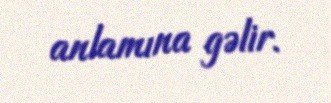
anlamına gəlir.